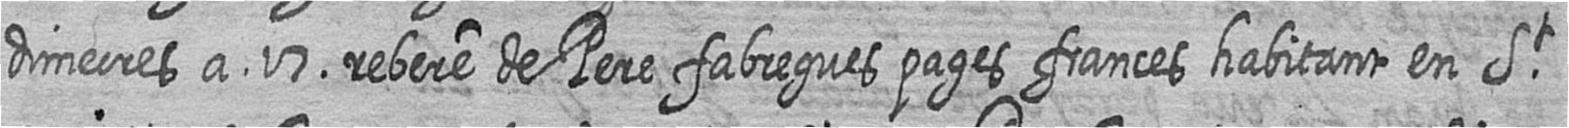
dimecres a 17 rebere de Pere fabregues pages frances habitant en St